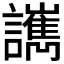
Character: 𧮄